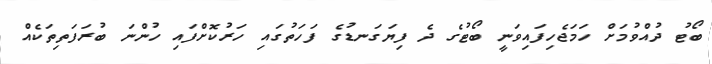
ބޯޓު ދުއްވުމަށް ހަމަޖެހިފައިވަނީ ބޯޓުގެ ދެ ފިޔަގަނޑުގެ ފަހަތުގައި ހަރުކޮށްފައި ހުންނަ ބުރަފަތިތަކެއް